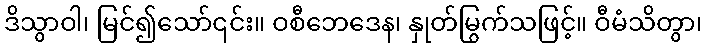
ဒိသွာဝါ၊ မြင်၍သော်၎င်း။ ဝစီဘေဒေန၊ နှုတ်မြွက်သဖြင့်။ ဝီမံသိတွာ၊